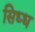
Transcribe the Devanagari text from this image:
सिध्ध